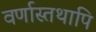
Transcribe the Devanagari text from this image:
वर्णास्तथापि